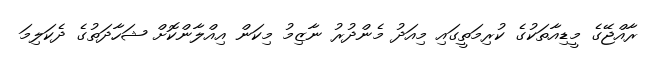
ރާއްޖޭގެ މީޑިއާތަކުގެ ކުރިމަތީގައި މިއަދު މެންދުރު ނާޒިމު މިކަން އިއްލާންކޮށް ޝަހާދަތުގެ ދެކަލިމަ